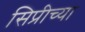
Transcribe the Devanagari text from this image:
सिप्रीच्या